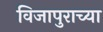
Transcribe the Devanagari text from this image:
विजापुराच्या